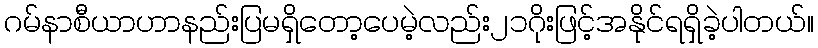
ဂမ်နာစီယာဟာနည်းပြမရှိတော့ပေမဲ့လည်း၂၁ဂိုးဖြင့်အနိုင်ရရှိခဲ့ပါတယ်။